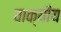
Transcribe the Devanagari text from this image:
वाक्यीय